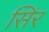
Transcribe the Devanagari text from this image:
सिर